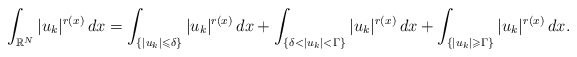
\begin{align*} \int_{\mathbb{R}^{N}}|u_{k}|^{r(x)}\,dx=\int_{\{|u_{k}|\leqslant \delta \} }|u_{k}|^{r(x)}\,dx+\int_{\{\delta<|u_{k}|< \Gamma \} }|u_{k}|^{r(x)}\,dx+\int_{\{|u_{k}|\geqslant \Gamma \} }|u_{k}|^{r(x)}\,dx.\end{align*}